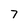
Character: 7